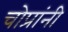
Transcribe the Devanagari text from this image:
चोप्रांनी